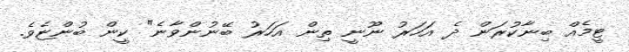
ޓީމެއް ބިނާކުރަން ދެ އަހަރު ނޫނީ ތިން އަހަރު ބޭނުންވާނެ" ކީން ބުންޏެވެ.